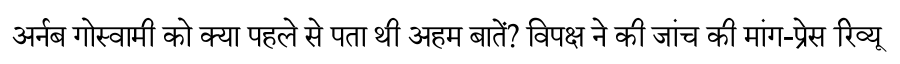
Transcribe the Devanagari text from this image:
अर्नब गोस्वामी को क्या पहले से पता थी अहम बातें? विपक्ष ने की जांच की मांग-प्रेस रिव्यू